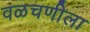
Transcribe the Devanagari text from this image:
वळचणीला